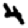
Digit: 4